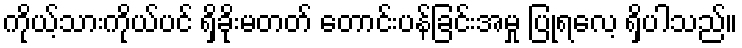
ကိုယ့်သားကိုယ်ပင် ရှိခိုးမတတ် တောင်းပန်ခြင်းအမှု ပြုရလေ့ ရှိပါသည်။